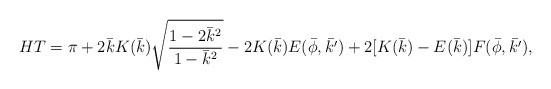
\begin{align*}HT=\pi+2\bar{k}K(\bar{k})\sqrt{\frac{1-2\bar{k}^2}{1-\bar{k}^2}}-2K(\bar{k})E(\bar{\phi},\bar{k'})+2[K(\bar{k})-E(\bar{k})]F(\bar{\phi},\bar{k'}),\end{align*}